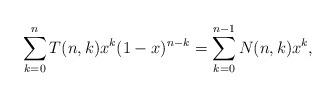
LaTeX: \begin{gather*}\sum_{k=0}^{n} T(n,k) x^k (1-x)^{n-k}=\sum_{k=0}^{n-1} N(n,k) x^k,\end{gather*}